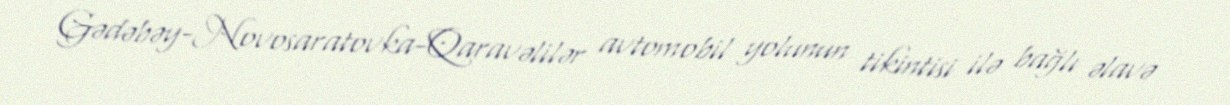
Gədəbəy-Novosaratovka-Qaravəlilər avtomobil yolunun tikintisi ilə bağlı əlavə